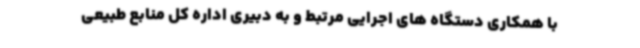
با همکاری دستگاه های اجرایی مرتبط و به دبیری اداره کل منابع طبیعی